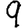
Digit: 9